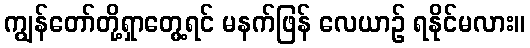
ကျွန်တော်တို့ရှာတွေ့ရင် မနက်ဖြန် လေယာဉ် ရနိုင်မလား။